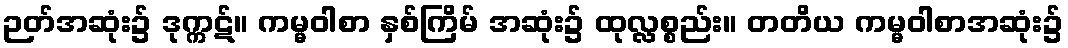
ဉတ်အဆုံး၌ ဒုက္ကဋ်။ ကမ္မဝါစာ နှစ်ကြိမ် အဆုံး၌ ထုလ္လစ္စည်း။ တတိယ ကမ္မဝါစာအဆုံး၌